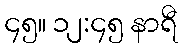
၄၅။ ၁၂:၄၅ နာရီ